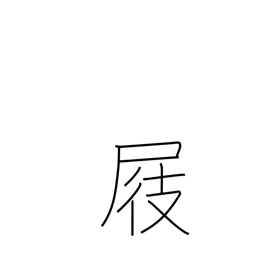
Meaning: clog